Scottish Leaving Certificate Examination, 1955
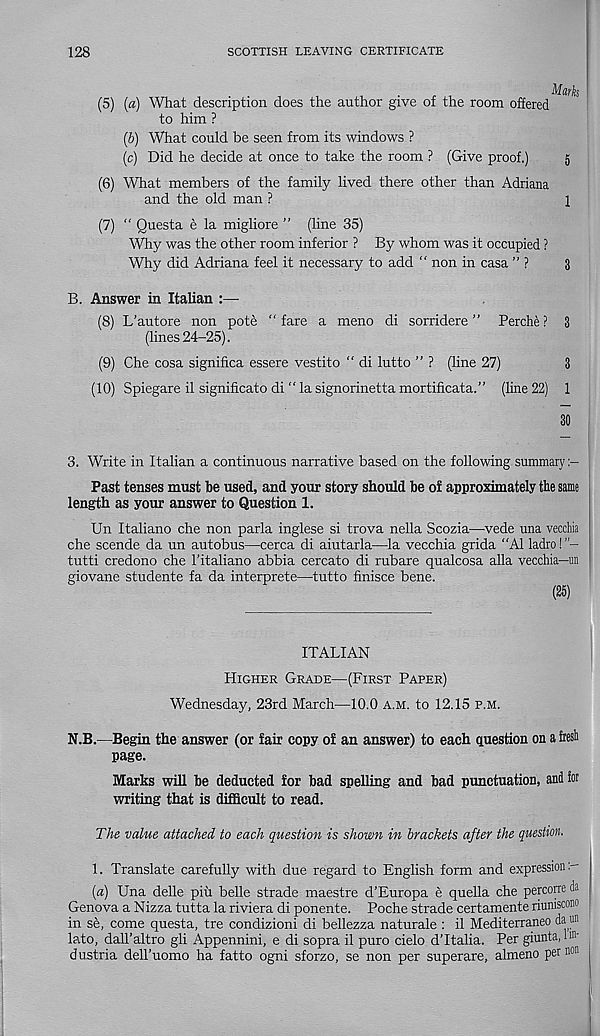
128
SCOTTISH LEAVING CERTIFICATE
(5) (a) What description does the author give of the room offered
to him ?
(b) What could be seen from its windows ?
(c) Did he decide at once to take the room ? (Give proof.)
5
(6) What members of the family lived there other than Adriana
and the old man ?
1
(7) “ Questa e la migliore ” (line 35)
Why was the other room inferior ? By whom was it occupied ?
Why did Adriana feel it necessary to add “ non in casa ” ?
3
B. Answer in Italian :—
(8) L’autore non pote “ fare a meno di sorridere ” Perche ? 3
(lines 24-25).
(9) Che cosa significa essere vestito “ di lutto ” ? (line 27)
3
(10) Spiegare il significato di “ la signorinetta mortificata.” (line 22) 1
30
3. Write in Italian a continuous narrative based on the following summary
Past tenses must be used, and your story should be of approximately the same
length as your answer to Question 1.
Un Italiano che non parla inglese si trova nella Scozia—vede una vecchia
che scende da un autobus—cerca di aiutarla—la vecchia grida “A1 ladro!
tutti credono che I’italiano abbia cercato di rubare qualcosa alia vecchia—un
giovane studente fa da interprete—tutto finisce bene.
(25)
ITALIAN
Higher Grade—(First Paper)
Wednesday, 23rd March—10.0 a.m. to 12.15 p.m.
N.B.—Begin the answer (or fair copy of an answer) to each Question on a fresh
page.
Marks will be deducted for bad spelling and bad punctuation, and for
writing that is difficult to read.
The value attached to each question is shown in brackets after the question.
1. Translate carefully with due regard to English form and expression
[a) Una delle pih belle strade maestre d’Europa e quella che percorre da
Genova a Nizza tutta la riviera di ponente. Poche strade certamente riuniscono
in se, come questa, tre condizioni di bellezza naturale : il Mediterraneo da ffl'
lato, dall’altro gli Appennini, e di sopra il puro cielo dTtalia. Per giunta, Im-
dustria dell’uomo ha fatto ogni sforzo, se non per superare, almeno per non